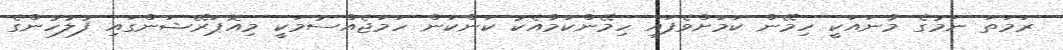
ރަމަތަ ނަމުގެ މާނައަކީ ހިމޭން ކަމަށްވެފައި ހިމޭންކަމާއެކު ކަންކަން ހަމަޖެއްސުމަކީ މިއޮޕަރޭޝަންގައި ފުލުހުންގެ